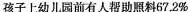
孩子上幼儿园前有人帮忙照料67.2%